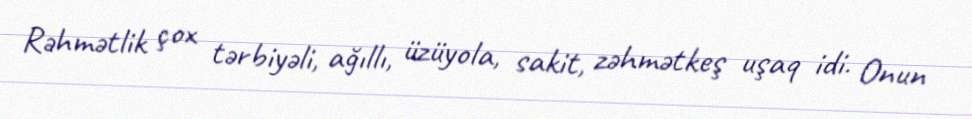
Rəhmətlik çox tərbiyəli, ağıllı, üzüyola, sakit, zəhmətkeş uşaq idi. Onun